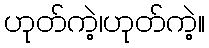
ဟုတ်ကဲ့၊ဟုတ်ကဲ့။